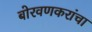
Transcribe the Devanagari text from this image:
बोरवणकरांचा